Document type: Barter
Year: 1304
Scribe: Pere Pometa
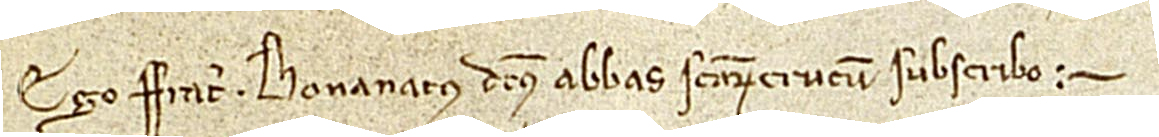
Ego frater Bonanatus, dictus abbas Sanctarum Crucum, subscribo.